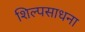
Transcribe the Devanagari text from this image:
शिल्पसाधना